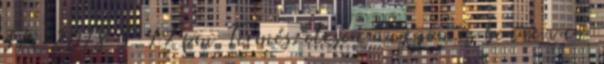
31, 2018 3:47 pm Természetesen nagyon is benne van